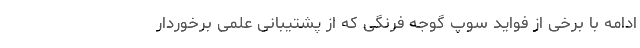
ادامه با برخی از فواید سوپ گوجه فرنگی که از پشتیبانی علمی برخوردار